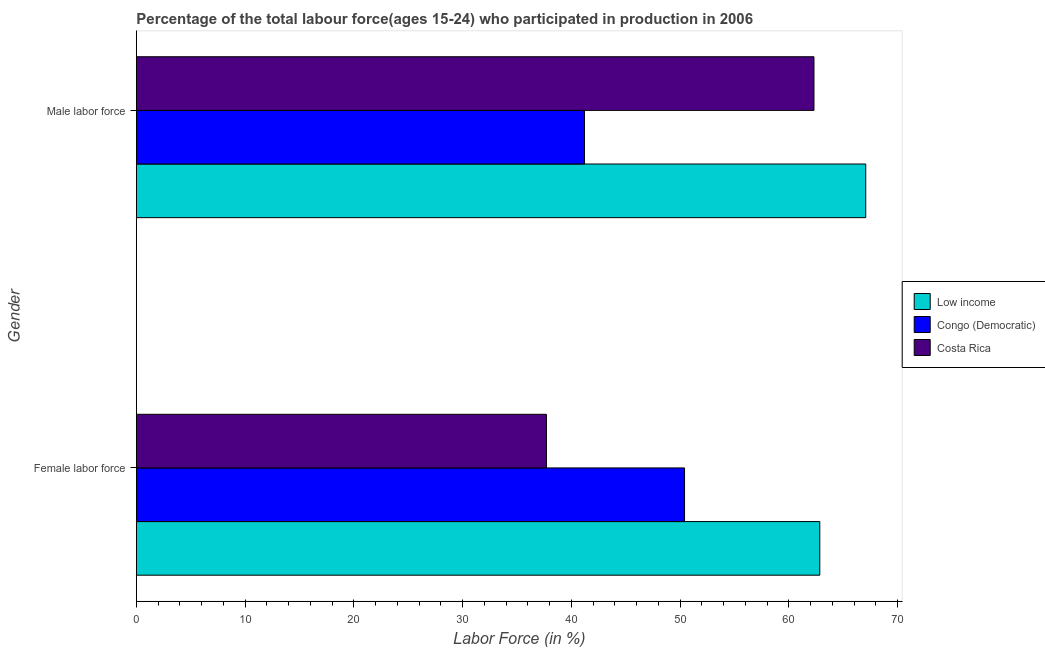
| Gender | Low income | Congo (Democratic) | Costa Rica |
 | --- | --- | --- | --- |
 | Female labor force | 62.8 | 50.4 | 37.7 |
 | Male labor force | 67.1 | 41.2 | 62.3 |